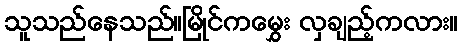
သူသည်နေသည်။မြိုင်ကမွှေး လှချည့်ကလား။